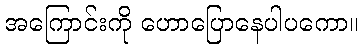
အကြောင်းကို ဟောပြောနေပါပကော။